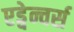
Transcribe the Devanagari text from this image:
एड्वेन्चर्स